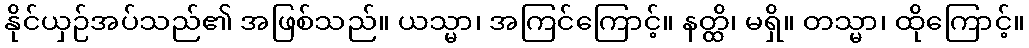
နိုင်ယှဉ်အပ်သည်၏ အဖြစ်သည်။ ယသ္မာ၊ အကြင်ကြောင့်။ နတ္ထိ၊ မရှိ။ တသ္မာ၊ ထိုကြောင့်။